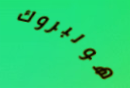
هولبروك